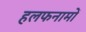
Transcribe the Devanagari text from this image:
हलफनामों